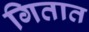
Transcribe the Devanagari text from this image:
गितात